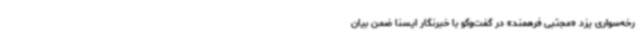
رخه‌سواری یزد «مجتبی فرهمند» در گفت‌وگو با خبرنگار ایسنا ضمن بیان